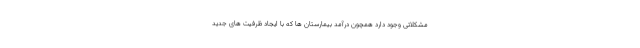
مشکلاتی وجود دارد همچون درآمد بیمارستان ها که با ایجاد ظرفیت های جدید